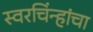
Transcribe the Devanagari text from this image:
स्वरचिंन्हांचा